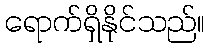
ရောက်ရှိနိုင်သည်။